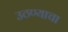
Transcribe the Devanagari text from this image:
उठण्याचा